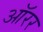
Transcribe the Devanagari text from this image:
ऑरर